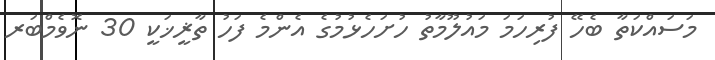
މަސައްކަތާ ބެހޭ ފުރިހަމަ މައުލޫމާތު ހުށަހެޅުމުގެ އެންމެ ފަހު ތާޜީޚަކީ 30 ނޮވެމްބަރ